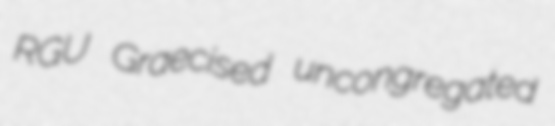
RGU Graecised uncongregated